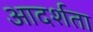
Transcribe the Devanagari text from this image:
आदर्शता